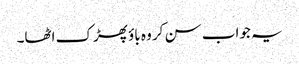
یہ جواب سن کر وہ باؤ پھڑک اٹھا۔